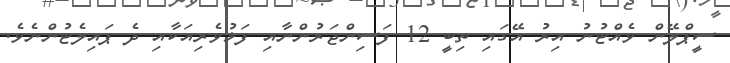
ސީޕްލޭން ވެއްޓުނު އިރު އޭގައި ތިބީ 12 ފަސިންޖަރުންނާއި ފަޅުވެރިއަކާއި ދެ ޕައިލެޓުންނެވެ.